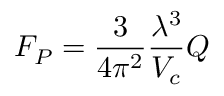
F _ { P } = \frac { 3 } { 4 \pi ^ { 2 } } \frac { \lambda ^ { 3 } } { V _ { c } } Q